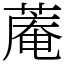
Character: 蓭